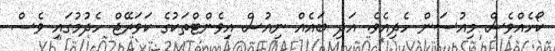
ކޯހެއްވެސް މިއުސަން ހެދިއެވެ. އަދި ބައެއް ނިއުސް އިވެންޓްތަކުގެ ކަވަރޭޖް ހެދުމުގައި ވެސް